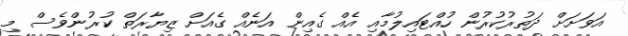
އަވަށަށް ދަތުރުކުރުން ހުއްޓައިލުމާއި އެއް ގެއިން އަނެއް ގެއަށް ޒިޔާރަތް ކުރުންވެސް މި